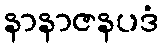
နာနာဇနပဒံ